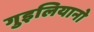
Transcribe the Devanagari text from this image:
गुइलियानो